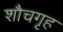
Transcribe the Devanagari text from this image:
शौचगृह